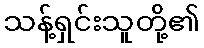
သန့်ရှင်းသူတို့၏